Elephants and their diseases
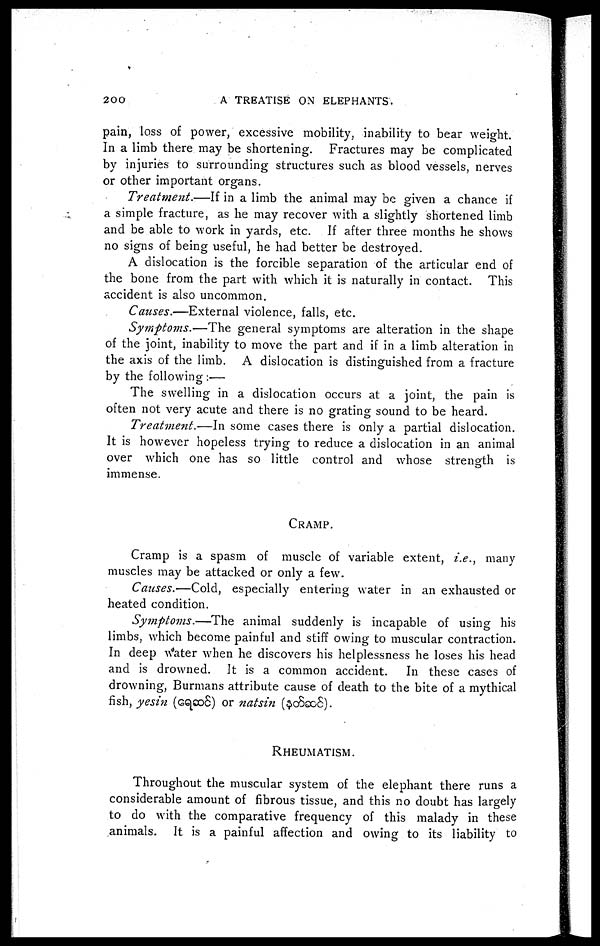
200
A TREATISE ON ELEPHANTS.
pain, loss of power, excessive mobility, inability to bear weight.
In a limb there may be shortening. Fractures may be complicated
by injuries to surrounding structures such as blood vessels, nerves
or other important organs.
Treatment.—If in a limb the animal may be given a chance if
a simple fracture, as he may recover with a slightly shortened limb
and be able to work in yards, etc. If after three months he shows
no signs of being useful, he had better be destroyed.
A dislocation is the forcible separation of the articular end of
the bone from the part with which it is naturally in contact. This
accident is also uncommon.
Causes.—External violence, falls, etc.
Symptoms.—The general symptoms are alteration in the shape
of the joint, inability to move the part and if in a limb alteration in
the axis of the limb. A dislocation is distinguished from a fracture
by the following :—
The swelling in a dislocation occurs at a joint, the pain is
often not very acute and there is no grating sound to be heard.
Treatment.—In some cases there is only a partial dislocation.
It is however hopeless trying to reduce a dislocation in an animal
over which one has so little control and whose strength is
immense.
CRAMP.
Cramp is a spasm of muscle of variable extent, i.e., many
muscles may be attacked or only a few.
Causes.—Cold, especially entering water in an exhausted or
heated condition.
Symptoms.—The
animal suddenly is incapable of using his
limbs, which become painful and stiff owing to muscular contraction.
In deep water when he discovers his helplessness he loses his head
and is drowned. It is a common accident.
In these cases of
drowning, Burmans attribute cause of death to the bite of a mythical
fish, yesin (
) or natsin (
).
RHEUMATISM.
Throughout the muscular system of the elephant there runs a
considerable amount of fibrous tissue, and this no doubt has largely
to do with the comparative frequency of this malady in these
animals. It is a painful affection and owing to its liability to